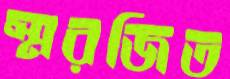
স্মরজিত